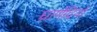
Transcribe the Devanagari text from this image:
घ्राणेंद्रियों